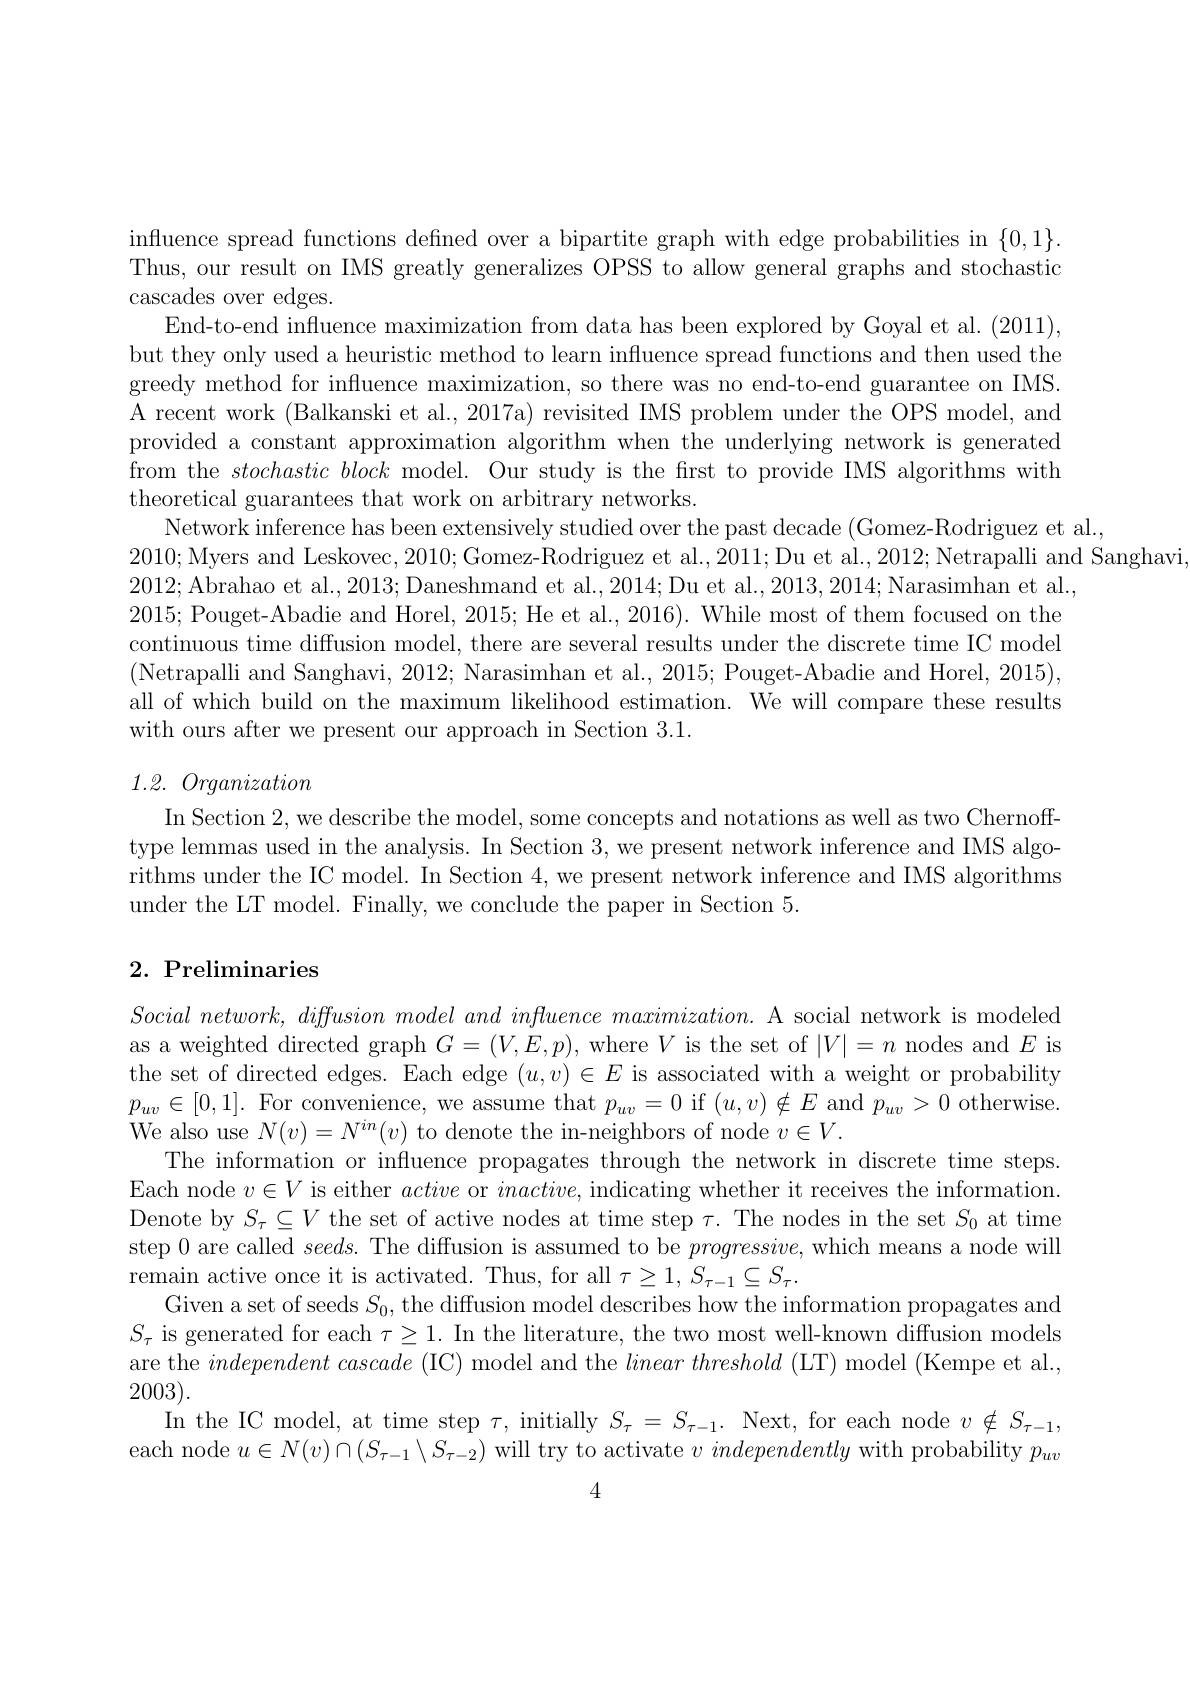
influence spread functions defined over a bipartite graph with edge probabilities in $\{0,1\}.$ Thus, our result on IMS greatly generalizes OPSS to allow general graphs and stochastic cascades over edges.
End-to-end influence maximization from data has been explored by Goyal et al. (2011), but they only used a heuristic method to learn influence spread functions and then used the greedy method for influence maximization, so there was no end-to-end guarantee on IMS. A recent work (Balkanski et al., 2017a) revisited IMS problem under the OPS model, and provided a constant approximation algorithm when the underlying network is generated from the stochasticblock model. Our study is the first to provide IMS algorithms with theoretical guarantees that work on arbitrary networks.
Network inference has been extensively studied over the past decade (Gomez-Rodriguez et al.,
2010;Myers and Leskovec, 2010; Gomez-Rodriguez et al., 2011; Du et al., 2012; Netrapalli and Sanghavi
2012; Abrahao et al., 2013; Daneshmand et al., 2014; Du et al., 2013, 2014; Narasimhan et al., 2015; Pouget-Abadie and Horel, 2015; He et al., 2016). While most of them focused on the continuous time diffusion model, there are several results under the discrete time IC model (Netrapalli and Sanghavi, 2012; Narasimhan et al., 2015; Pouget-Abadie and Horel, 2015), all of which build on the maximum likelihood estimation. We will compare these results with ours after we present our approach in Section 3.1.

## 1.2. Organization

In Section 2, we describe the model, some concepts and notations as well as two Chernofftype lemmas used in the analysis. In Section 3, we present network inference and IMS algorithms under the IC model. In Section 4, we present network inference and IMS algorithms under the LT model. Finally, we conclude the paper in Section 5.

### $2. \textbf{Preliminaries}$

$Social\textit{ network, diffusion model and influence maximization. A social network is modeled}$ as a weighted directed graph $G=(V,E,p)$, where $V$ is the set of $|V|=n$ nodes and $E$ is the set of directed edges. Each edge $(u,v)\in E$ is associated with a weight or probability $p_{uv}\in[0,1].$ For convenience, we assume that $p_uv=0$ if $(u,v)\notin E$ and $p_uv>0$ otherwise. We also use $N(v)=N^{in}(v)$ to denote the in-neighbors of node $v\in V.$
The information or influence propagates through the network in discrete time steps. Each node $v\in V$ is either active or $inactive$, indicating whether it receives the information. Denote by $S_\tau\subseteq V$ the set of active nodes at time step $\tau.$ The nodes in the set $S_0$ at time step 0 are called $seeds.$ The diffusion is assumed to be $progressive$, which means a node will remain active once it is activated. Thus, for all $\tau\geq1,S_{\tau-1}\subseteq S_{\tau}.$
Given a set of seeds $S_0$, the diffusion model describes how the information propagates and $S_{\tau}$ is generated for each $\tau\geq1.$ In the literature, the two most well-known diffusion models are the $independent\textit{ cascade ( IC) model and the linear threshold ( LT) model ( Kempe et al. , }$ 2003).
In the IC model, at time step $\tau$, initially $S_\tau=S_{\tau-1}.$ Next, for each node $v\notin S_\tau-1$, each node $u\in N(v)\cap(S_{\tau-1}\setminus S_{\tau-2})$ will try to activate $v\textit{independently with probability }p_{uv}$

4